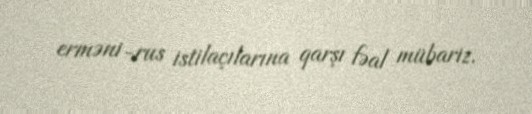
erməni-rus istilaçılarına qarşı fəal mübariz.